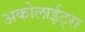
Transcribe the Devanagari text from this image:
अकोलाईट्स